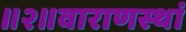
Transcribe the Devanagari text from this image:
॥२॥वाराणस्थां